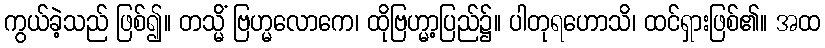
ကွယ်ခဲ့သည် ဖြစ်၍။ တသ္မိံ ဗြဟ္မလောကေ၊ ထိုဗြဟ္မာ့ပြည်၌။ ပါတုရဟောသိ၊ ထင်ရှားဖြစ်၏။ အထ